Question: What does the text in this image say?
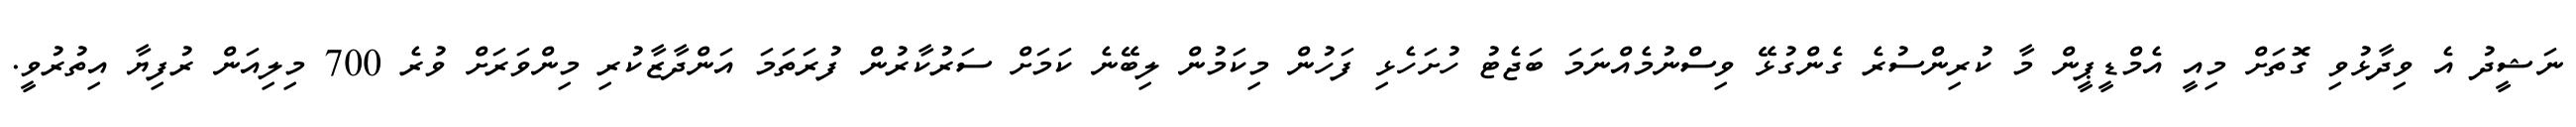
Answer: ނަޝީދު އެ ވިދާޅުވި ގޮތަށް މިއީ އެމްޑީޕީން މާ ކުރިންސުރެ ގެންގުޅޭ ވިސްނުމެއްނަމަ ބަޖެޓު ހުށަހެޅި ފަހުން މިކަމުން ލިބޭނެ ކަމަށް ސަރުކާރުން ފުރަތަމަ އަންދާޒާކުރި މިންވަރަށް ވުރެ 700 މިލިއަން ރުފިޔާ އިތުރުވީ.